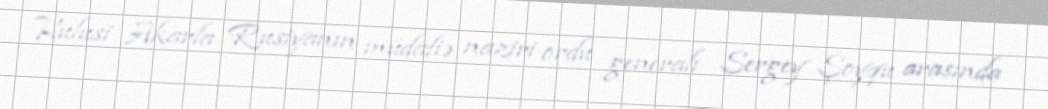
Hulusi Akarla Rusiyanın müdafiə naziri ordu generalı Sergey Şoyqu arasında